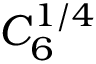
C _ { 6 } ^ { 1 / 4 }